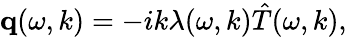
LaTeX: \begin{array}{r}{\mathbf q(\omega,k)=-ik\lambda(\omega,k)\hat{T}(\omega,k),}\end{array}